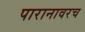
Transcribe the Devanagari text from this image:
पारानावरच